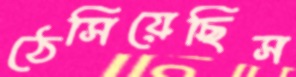
ঠেসিয়েছিস